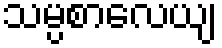
သမ္ပစာလေယျ